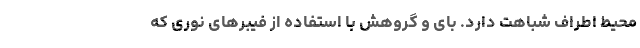
محیط اطراف شباهت دارد. بای و گروهش با استفاده از فیبر‌های نوری که